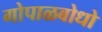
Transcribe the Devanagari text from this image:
गोपाळबोधो